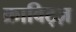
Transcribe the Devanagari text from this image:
क्राविट्ज़